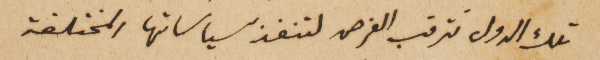
تلك الدول تترقب الفرص لتنفذ سياساتها المختلفة